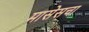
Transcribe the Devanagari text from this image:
मासेसचा